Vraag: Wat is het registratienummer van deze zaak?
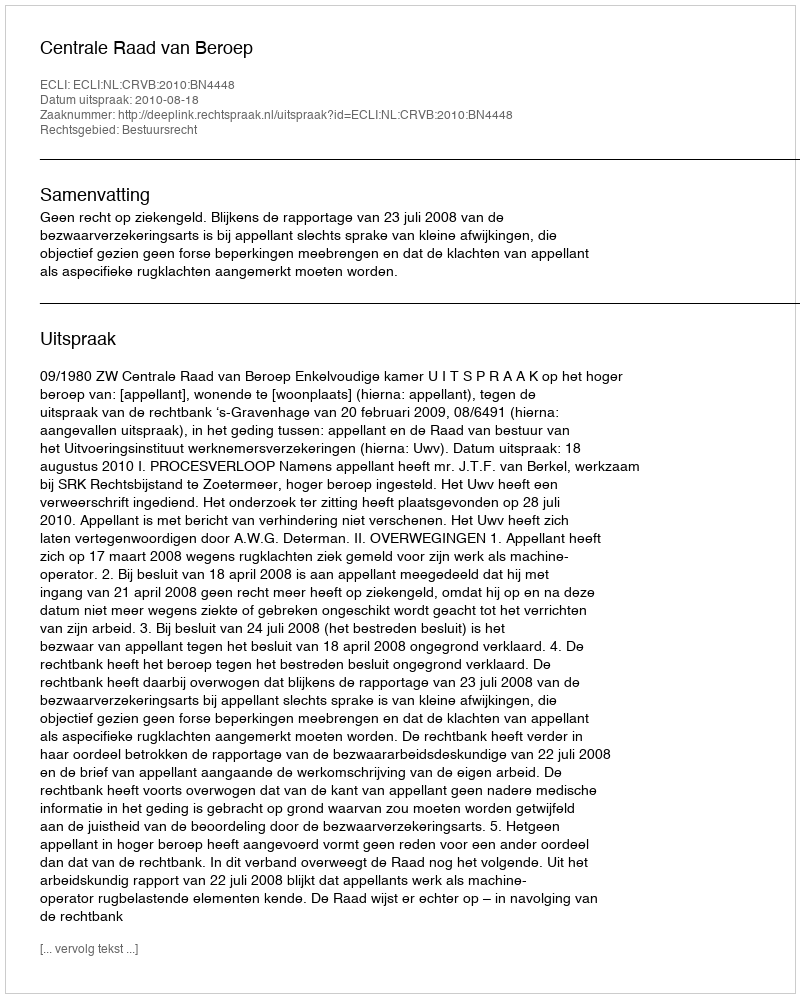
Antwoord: http://deeplink.rechtspraak.nl/uitspraak?id=ECLI:NL:CRVB:2010:BN4448